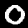
Label: 0